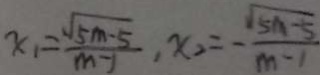
x _ { 1 } = \frac { \sqrt { 5 m - 5 } } { m - 1 } , x _ { 2 } = - \frac { \sqrt { 5 m - 5 } } { m - 1 }